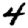
Digit: 4